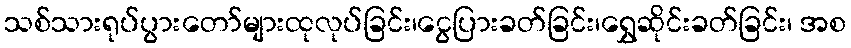
သစ်သားရုပ်ပွားတော်များထုလုပ်ခြင်း၊ငွေပြားခတ်ခြင်း၊ရွှေဆိုင်းခတ်ခြင်း၊ အစ